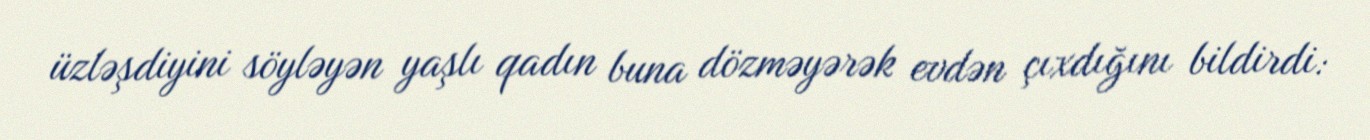
üzləşdiyini söyləyən yaşlı qadın buna dözməyərək evdən çıxdığını bildirdi: